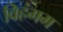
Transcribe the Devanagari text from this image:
विहंगम